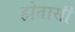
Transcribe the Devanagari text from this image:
होतासी